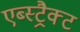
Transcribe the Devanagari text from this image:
एब्स्ट्रैक्ट